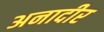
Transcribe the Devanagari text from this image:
अनादीर